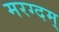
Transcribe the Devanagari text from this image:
मरग्दम्